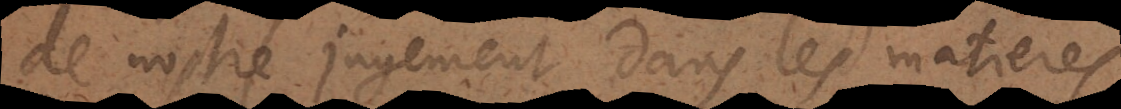
de nostre jugement, dans les matieres